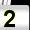
Digit: 2